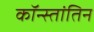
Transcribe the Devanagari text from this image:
कॉन्स्तांतिन